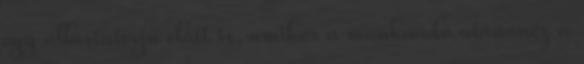
egy állásinterjú előtt is, amikor a munkaadó utánanéz a